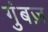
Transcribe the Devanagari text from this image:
गुंबज़